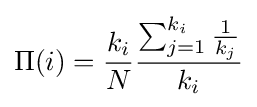
\Pi (i)={\frac {k_{i}}{N}}{\frac {\sum _{j=1}^{k_{i}}{\frac {1}{k_{j}}}}{k_{i}}}